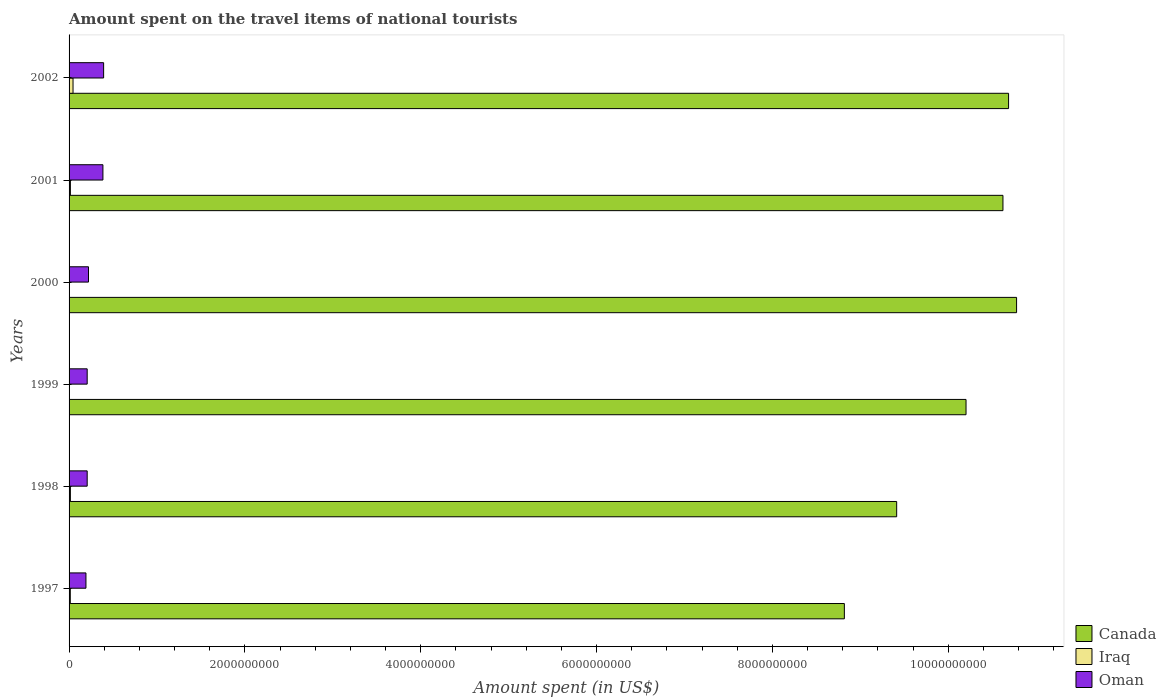
| Years | Canada | Iraq | Oman |
 | --- | --- | --- | --- |
 | 1997 | 8.82e+09 | 1.4e+07 | 1.92e+08 |
 | 1998 | 9.41e+09 | 1.5e+07 | 2.06e+08 |
 | 1999 | 1.02e+10 | 1e+06 | 2.06e+08 |
 | 2000 | 1.08e+10 | 2e+06 | 2.21e+08 |
 | 2001 | 1.06e+10 | 1.5e+07 | 3.85e+08 |
 | 2002 | 1.07e+10 | 4.5e+07 | 3.93e+08 |